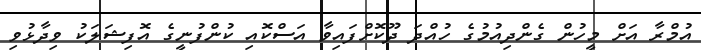
އުމްރާ އަށް މީހުން ގެންދިއުމުގެ ހުއްދަ ދޫކޮށްފައިވާ އަސްކޮއި ކުންފުނީގެ އޮފިޝަލަކު ވިދާޅުވި